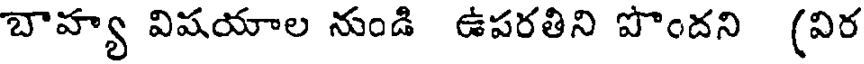
బాహ్య విషయాల నుండి ఉపరతిని పొందని (విర